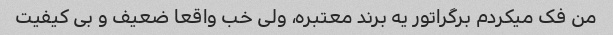
من فک میکردم برگراتور یه برند معتبره، ولی خب واقعا ضعیف و بی کیفیت